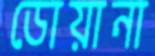
ডোয়ানা